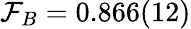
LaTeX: \mathcal{F}_{B}=0.866(12)